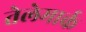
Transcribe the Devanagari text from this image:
तेलेमार्क